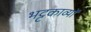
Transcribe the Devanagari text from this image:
भट्टकाव्यों